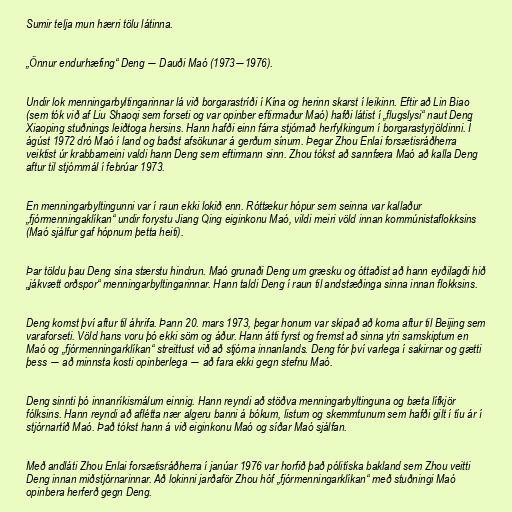
Sumir telja mun hærri tölu látinna.

„Önnur endurhæfing“ Deng ― Dauði Maó (1973―1976).

Undir lok menningarbyltingarinnar lá við borgarastríði í Kína og herinn skarst í leikinn. Eftir að Lin Biao
(sem tók við af Liu Shaoqi sem forseti og var opinber eftirmaður Maó) hafði látist í „flugslysi“ naut Deng
Xiaoping stuðnings leiðtoga hersins. Hann hafði einn fárra stjórnað herfylkingum í borgarastyrjöldinni. Í
ágúst 1972 dró Maó í land og baðst afsökunar á gerðum sínum. Þegar Zhou Enlai forsætisráðherra
veiktist úr krabbameini valdi hann Deng sem eftirmann sinn. Zhou tókst að sannfæra Maó að kalla Deng
aftur til stjórnmál í febrúar 1973.

En menningarbyltingunni var í raun ekki lokið enn. Róttækur hópur sem seinna var kallaður
„fjórmenningaklíkan“ undir forystu Jiang Qing eiginkonu Maó, vildi meiri völd innan kommúnistaflokksins
(Maó sjálfur gaf hópnum þetta heiti).

Þar töldu þau Deng sína stærstu hindrun. Maó grunaði Deng um græsku og óttaðist að hann eyðilagði hið
„jákvætt orðspor“ menningarbyltingarinnar. Hann taldi Deng í raun til andstæðinga sinna innan flokksins.

Deng komst því aftur til áhrifa. Þann 20. mars 1973, þegar honum var skipað að koma aftur til Beijing sem
varaforseti. Völd hans voru þó ekki söm og áður. Hann átti fyrst og fremst að sinna ytri samskiptum en
Maó og „fjórmenningarklíkan“ streittust við að stjórna innanlands. Deng fór því varlega í sakirnar og gætti
þess ― að minnsta kosti opinberlega ― að fara ekki gegn stefnu Maó.

Deng sinnti þó innanríkismálum einnig. Hann reyndi að stöðva menningarbyltinguna og bæta lífkjör
fólksins. Hann reyndi að aflétta nær algeru banni á bókum, listum og skemmtunum sem hafði gilt í tíu ár í
stjórnartíð Maó. Það tókst hann á við eiginkonu Maó og síðar Maó sjálfan.

Með andláti Zhou Enlai forsætisráðherra í janúar 1976 var horfið það pólitíska bakland sem Zhou veitti
Deng innan miðstjórnarinnar. Að lokinni jarðaför Zhou hóf „fjórmenningarklíkan“ með stuðningi Maó
opinbera herferð gegn Deng.